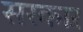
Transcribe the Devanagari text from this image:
सरकाऱ